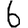
Digit: 6